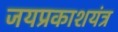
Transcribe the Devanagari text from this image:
जयप्रकाशयंत्र